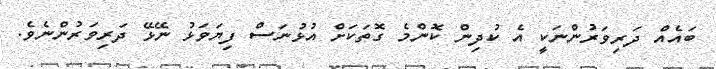
ބައެއް ދަރިވަރުންނަކީ އެ ކުދިން ކޮންމެ ގޮތަކަށް އުޅުނަސް ފިޔަވަޅު ނޭޅޭ ދަރިވަރުންނެވެ.